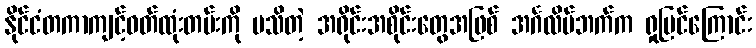
နိုင်ငံတကာကျင့်ဝတ်ထုံးတမ်းကို မသိတဲ့ အရိုင်းအစိုင်းတွေအဖြစ် အင်္ဂလိပ်ဘက်က ရှုမြင်ကြောင်း